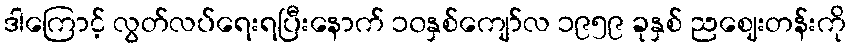
ဒါကြောင့် လွတ်လပ်ရေးရပြီးနောက် ၁၀နှစ်ကျော်လ ၁၉၅၉ ခုနှစ် ညဈေးတန်းကို